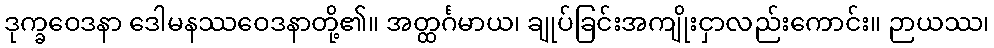
ဒုက္ခဝေဒနာ ဒေါမနဿဝေဒနာတို့၏။ အတ္ထင်္ဂမာယ၊ ချုပ်ခြင်းအကျိုးငှာလည်းကောင်း။ ဉာယဿ၊